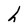
Character: h